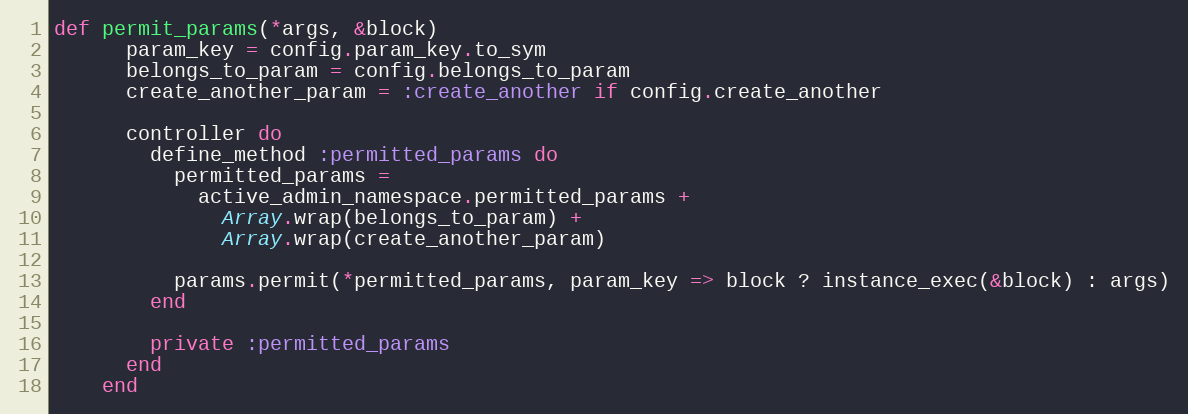
Language: Ruby
def permit_params(*args, &block)
      param_key = config.param_key.to_sym
      belongs_to_param = config.belongs_to_param
      create_another_param = :create_another if config.create_another

      controller do
        define_method :permitted_params do
          permitted_params =
            active_admin_namespace.permitted_params +
              Array.wrap(belongs_to_param) +
              Array.wrap(create_another_param)

          params.permit(*permitted_params, param_key => block ? instance_exec(&block) : args)
        end

        private :permitted_params
      end
    end